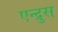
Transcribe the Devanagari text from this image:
एन्द्रुस